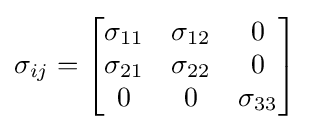
\sigma _{ij}={\begin{bmatrix}\sigma _{11}&\sigma _{12}&0\\\sigma _{21}&\sigma _{22}&0\\0&0&\sigma _{33}\end{bmatrix}}\,\!